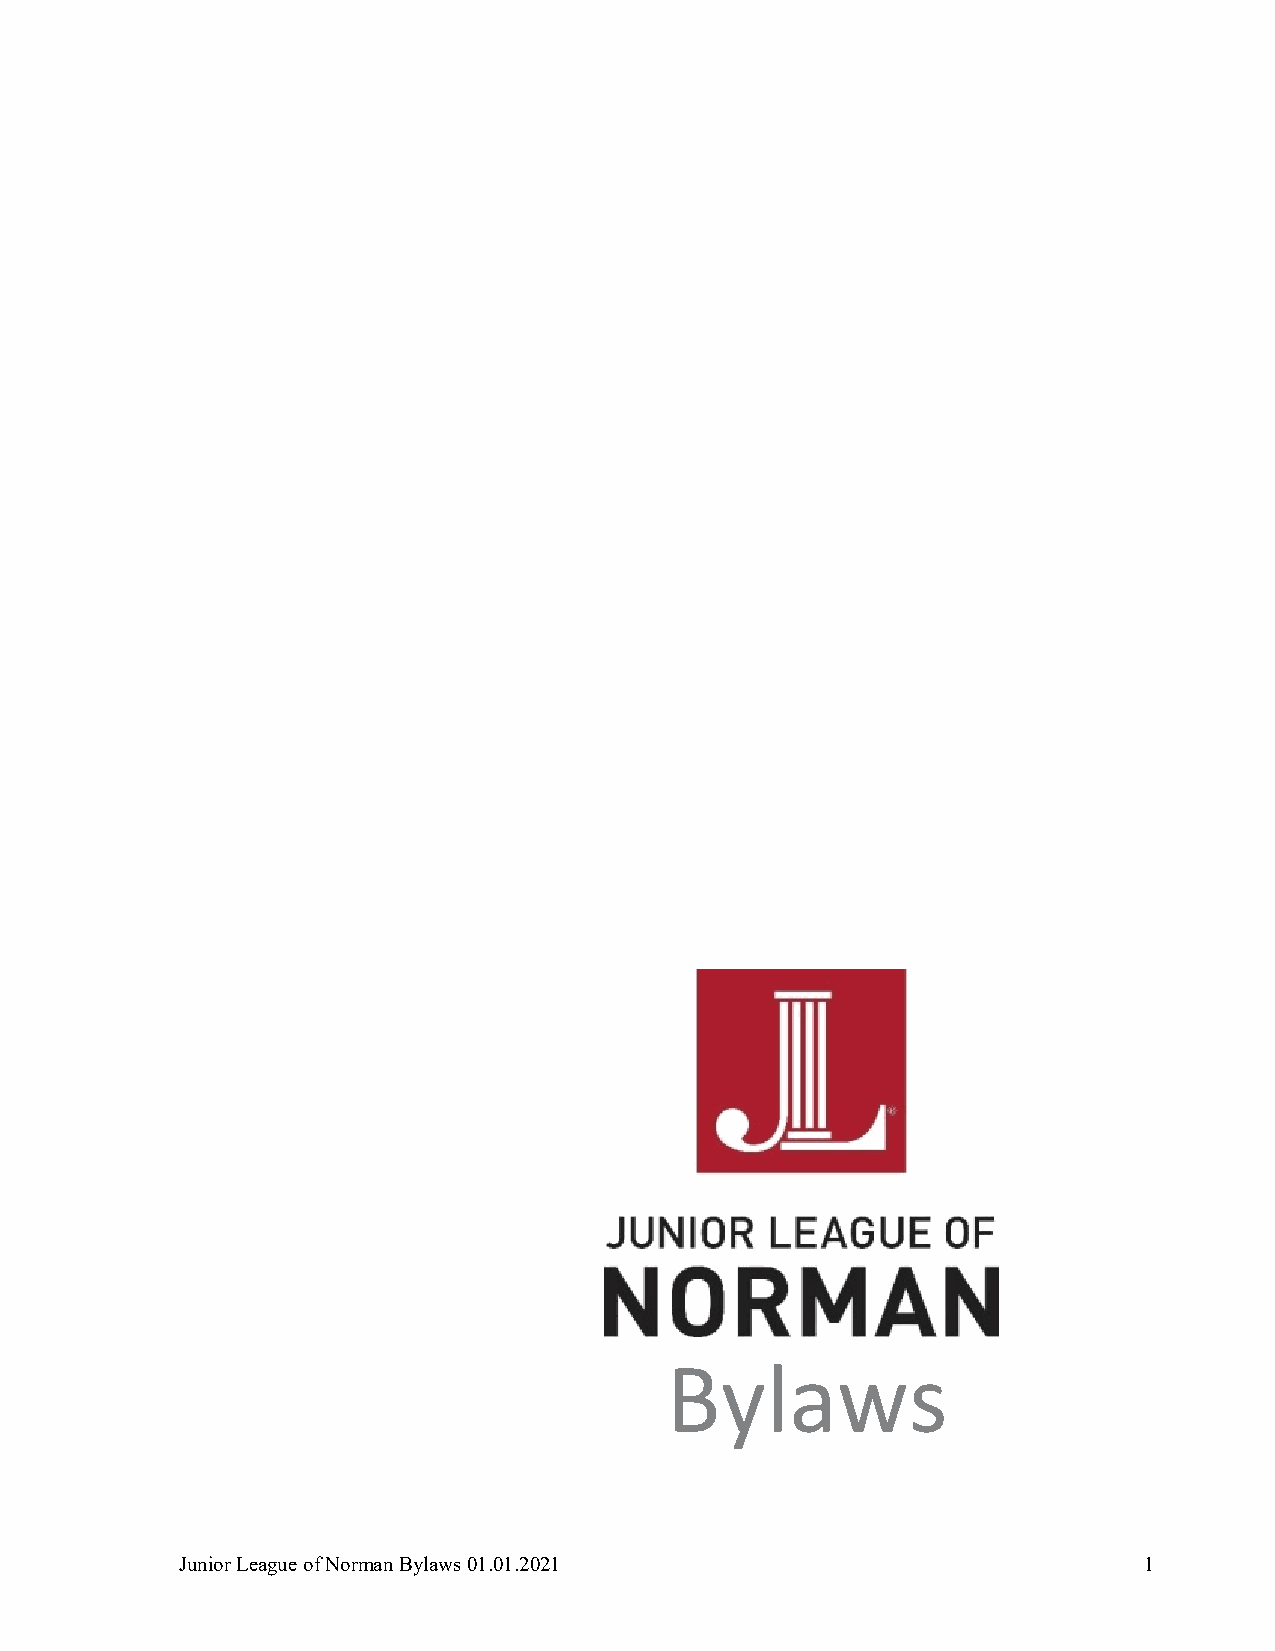
Bylaws
 Junior League of Norman Bylaws 01.01.2021                       1